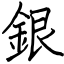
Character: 銀